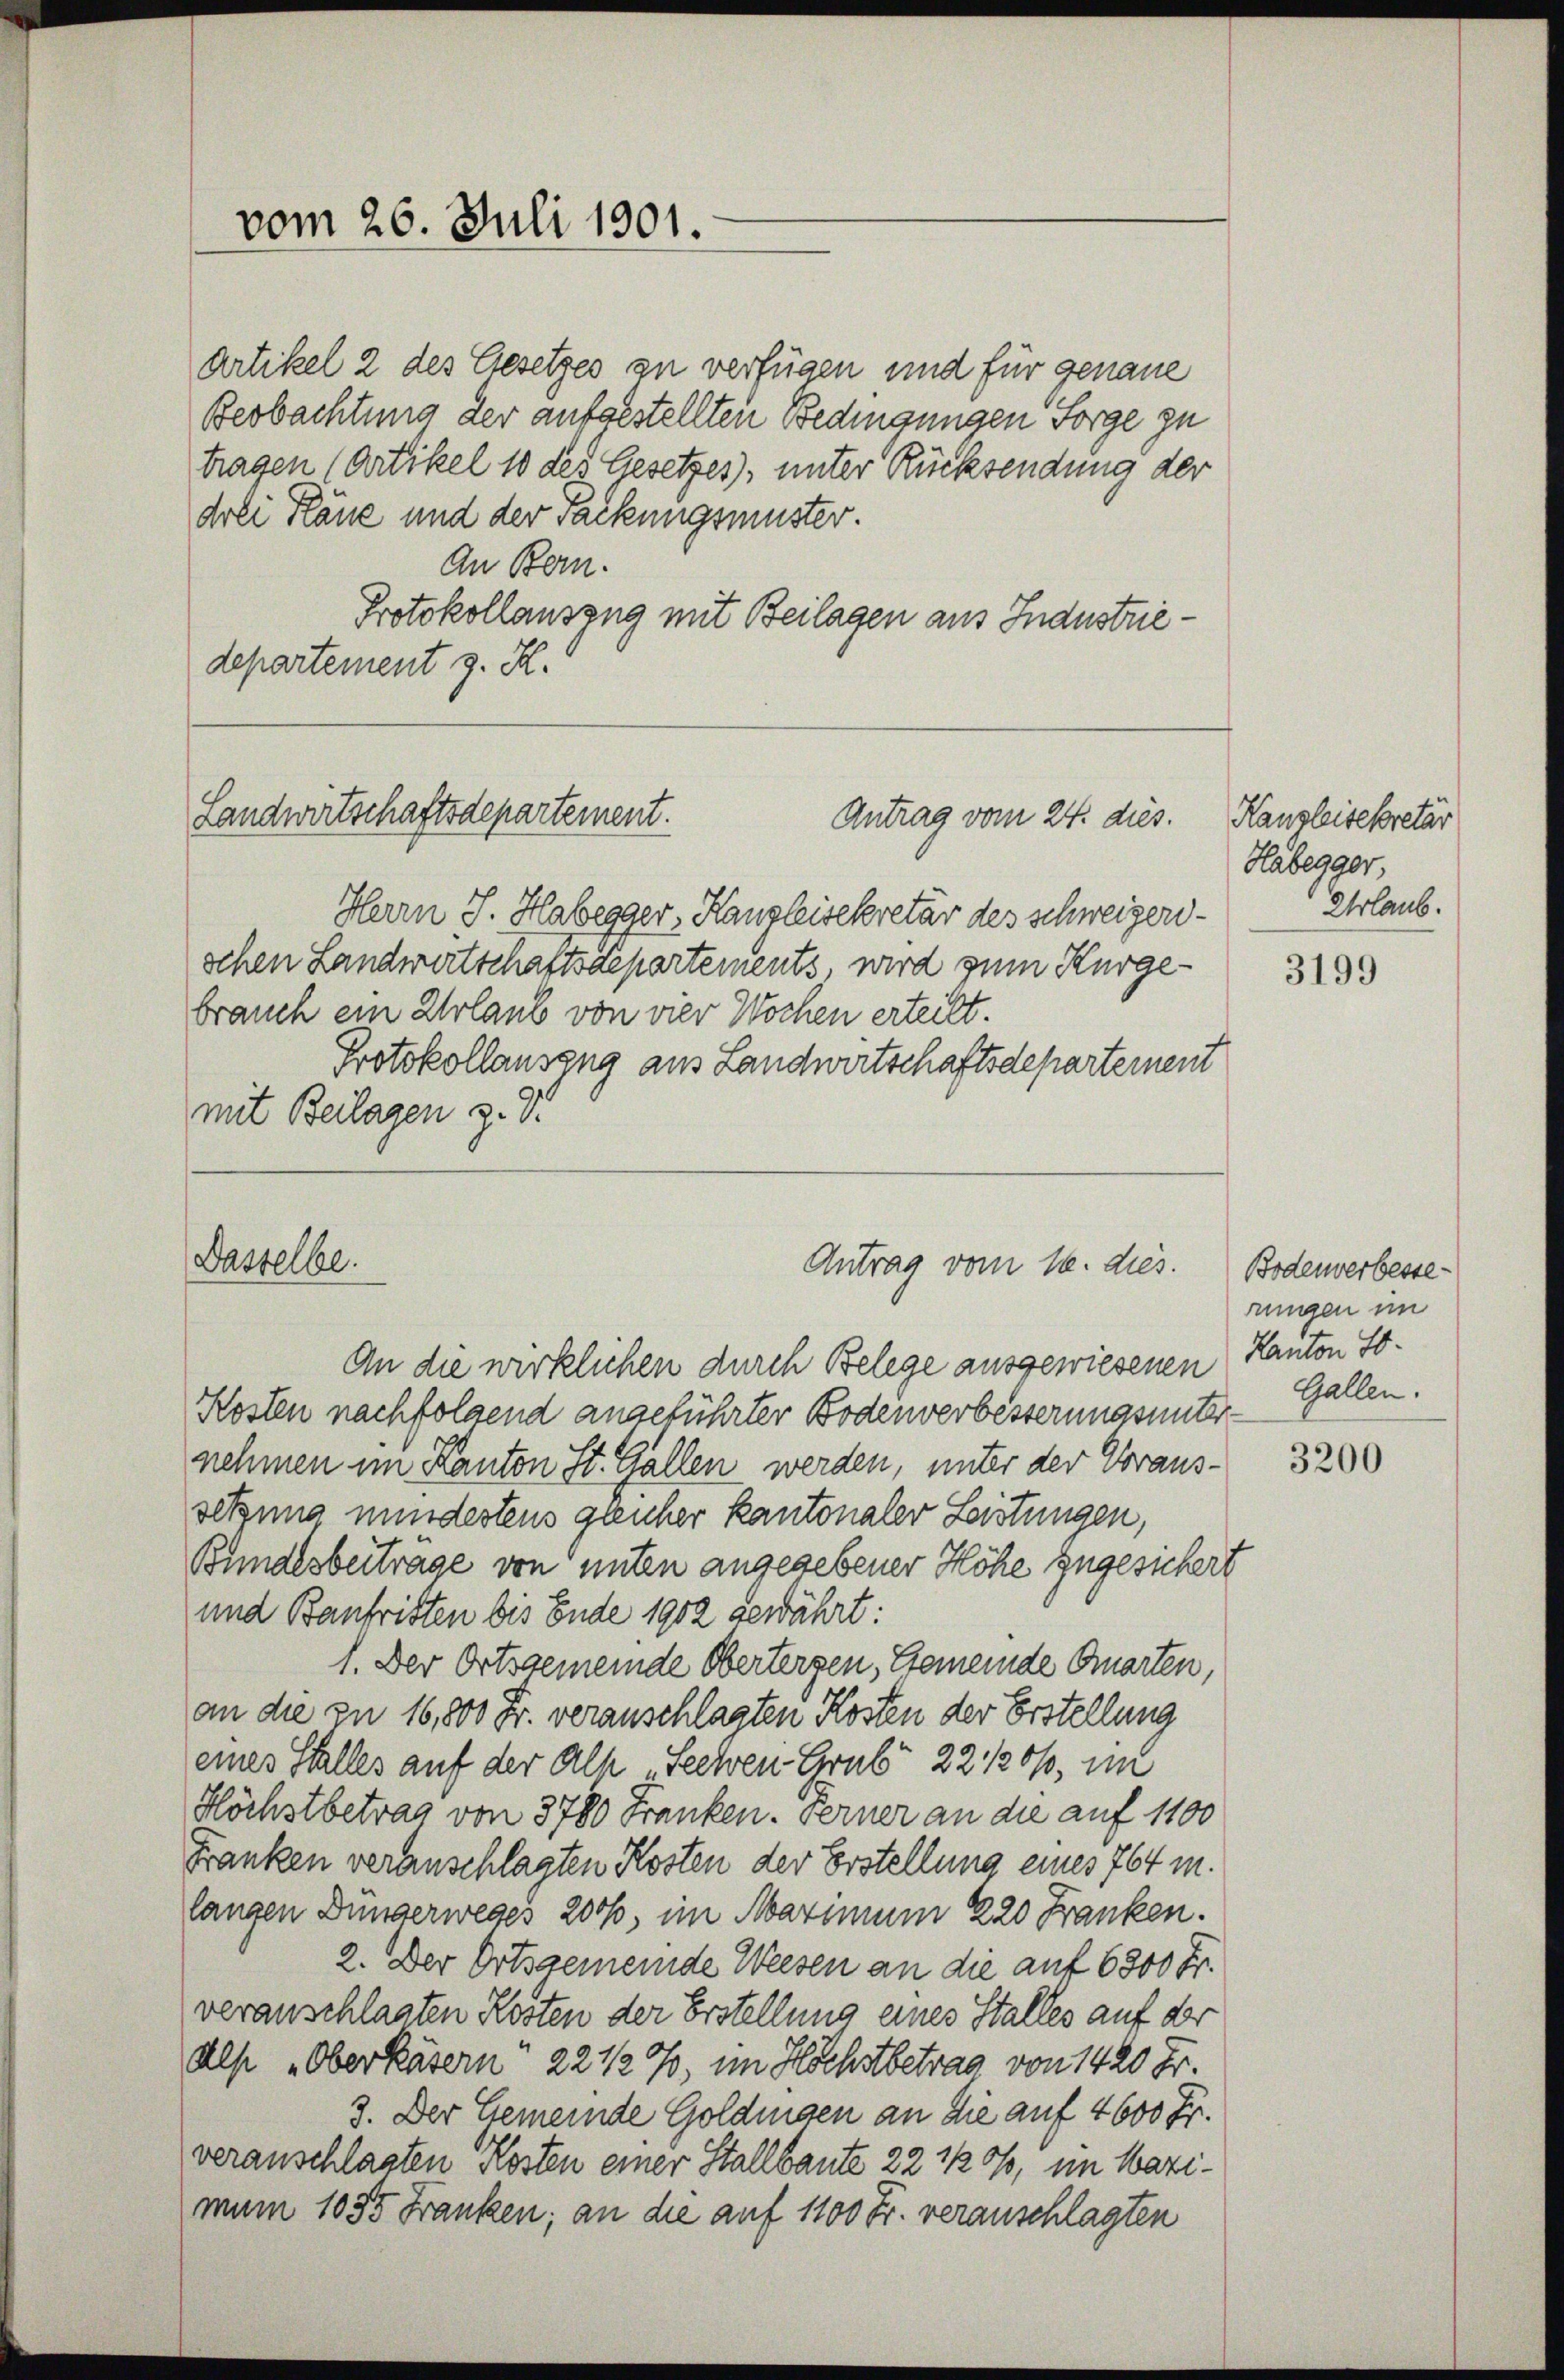
Artikel 2 des Gesetzes zu verfügen und für genaue
Beobachtung der aufgestellten Bedingungen Sorge zu
tragen (Artikel 10 des Gesetzes), unter Rücksendung der
drei Pläne und der Packungsmuster.
An Bern.
Protokollauszug mit Beilagen aus Industriedepartement z. K.

vom 26. Juli 1801.

Landwirtschaftsdepartement.

Herrn J. Habegger, Hangleisekretär des Schweizerischen Landwirtschaftsdepartements, wird zum Kurgebrauch ein Urlaub von vier Wochen erteilt.
Protokollauszug aus Landwirtschaftsdepartement
mit Beilagen z. Dr.

Dasselbe.

Antrag vom 24. dies.

Antrag vom 16. dies.

An die wirklichen durch Belege ausgewiesenen Kanton To¬
Kosten nachfolgend angeführter Bodenverbesserungsunter- Gallen.
nehmen im Kanton St. Gallen werden, unter der Voraussetzung mindestens gleicher kantonaler Leistungen,
Bundesbeitrage von unten angegebener Höhe zugesichert
und Baufristen bis Ende 1902 gewährt:
1. Der Ortsgemeinde Obertergen, Gemeinde Guarten,
an die zu 16,800 Fr. veranschlagten Kosten der Erstellung
eines Stalles auf der als Seelen Crub 22120%, im
Höchstbetrag von 3780 Franken. Ferner an die auf 1100
Franken veranschlagten Kosten der Erstellung eines 764 m.
langen Düngerweges 2000, im Maximum 220 Franken.
2. Der Ortsgemeinde Weesen an die auf 6800 Fr.
veranschlagten Kosten der Erstellung eines Stalles auf der
Als Oberkäsern, 22 ½ %, im Höchstbetrag von 1420 Fr.
3. Der Gemeinde Goldingen an die auf 4600 Fr.
veranschlagten Kosten einer Stallbaute 22 ½ 0/, im Wazimum 1055 Franken; an die auf 1100 Fr. veranschlagten

Kanzleisekretär
Habegger,
Urlaub.

3199

Bodenverbesse
rungen im

3200